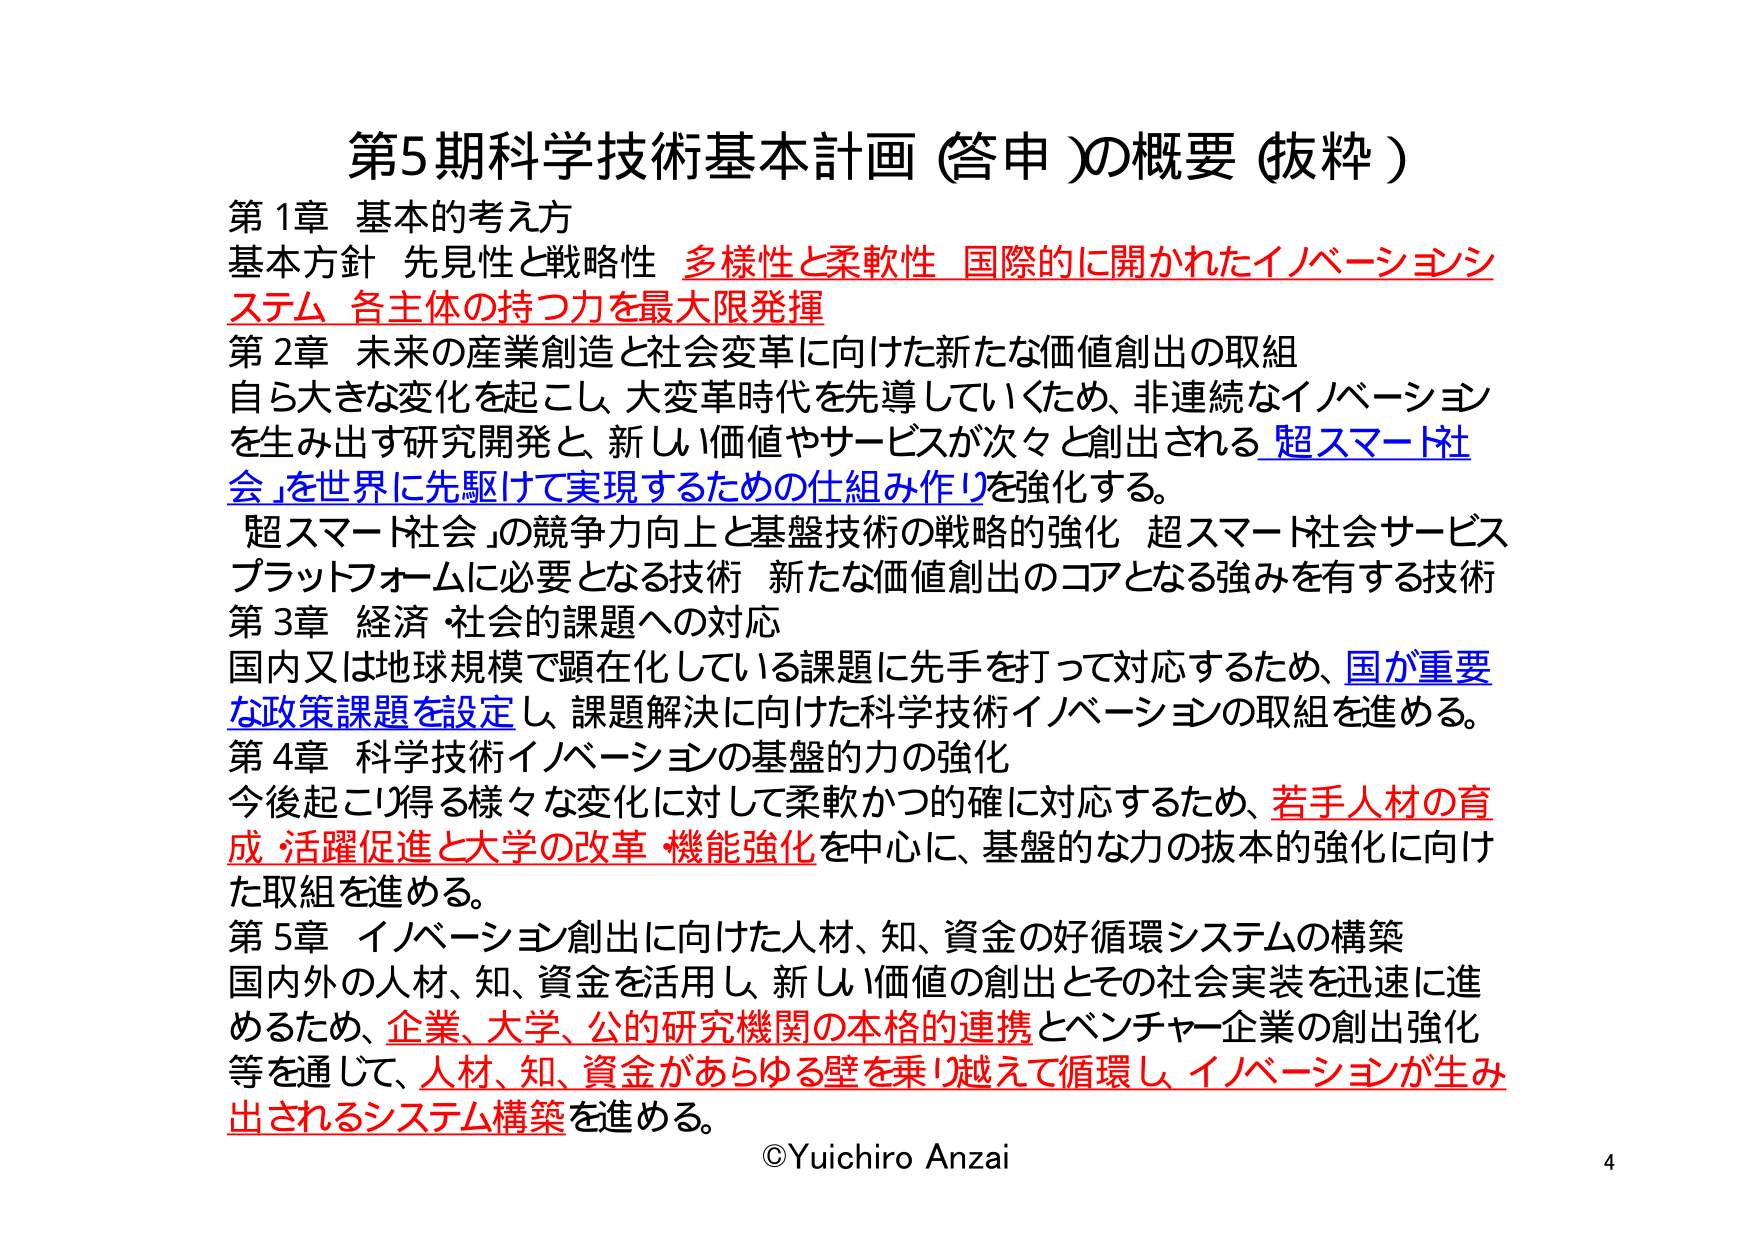
第5期科学技術基本計画（答申）の概要（抜粋）

第1章 基本的考え方
基本方針 先見性と戦略性 多様性と柔軟性 国際的に開かれたイノベーションシステム 各主体の持つ力を最大限発揮

第2章 未来の産業創造と社会変革に向けた新たな価値創出の取組
自ら大きな変化を起こし、大変革時代を先導していくため、非連続なイノベーションを生み出す研究開発と、新しい価値やサービスが次々と創出される「超スマート社会」を世界に先駆けて実現するための仕組み作りを強化する。
「超スマート社会」の競争力向上と基盤技術の戦略的強化 超スマート社会サービスプラットフォームに必要となる技術 新たな価値創出のコアとなる強みを有する技術

第3章 経済・社会的課題への対応
国内又は地球規模で顕在化している課題に先手を打って対応するため、国が重要な政策課題を設定し、課題解決に向けた科学技術イノベーションの取組を進める。

第4章 科学技術イノベーションの基盤的力の強化
今後起こり得る様々な変化に対して柔軟かつ的確に対応するため、若手人材の育成・活躍促進と大学の改革・機能強化を中心に、基盤的な力の抜本的強化に向けた取組を進める。

第5章 イノベーション創出に向けた人材、知、資金の好循環システムの構築
国内外の人材、知、資金を活用し、新しい価値の創出とその社会実装を迅速に進めるため、企業、大学、公的研究機関の本格的連携とベンチャー企業の創出強化等を通じて、人材、知、資金があらゆる壁を乗り越えて循環し、イノベーションが生み出されるシステム構築を進める。

©Yuichiro Anzai
4